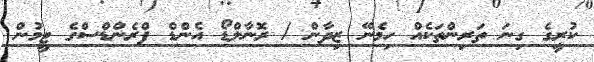
ކުރީގެ ގިނަ ތަރިންތަކެއް ހިމެނޭ ޒިދާން / ރޮނާލްޑޯ އެންޑް ފްރެންޑްސްގެ ޓީމުން